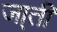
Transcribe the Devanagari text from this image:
जा्ती